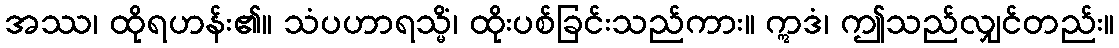
အဿ၊ ထိုရဟန်း၏။ သံပဟာရသ္မိံ၊ ထိုးပစ်ခြင်းသည်ကား။ ဣဒံ၊ ဤသည်လျှင်တည်း။